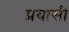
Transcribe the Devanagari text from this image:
प्रयासी